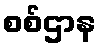
စစ်ဌာန